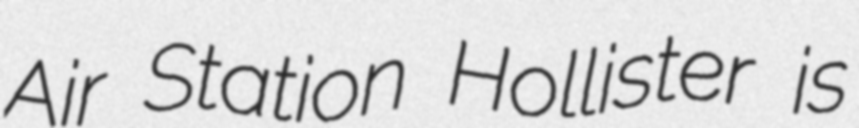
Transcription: Air Station Hollister is